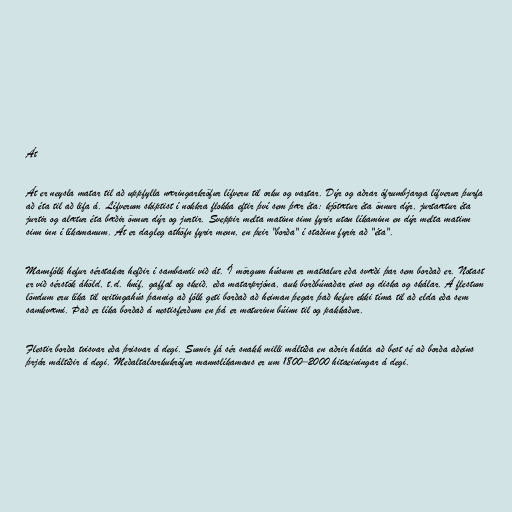
Át

Át er neysla matar til að uppfylla næringarkröfur lífveru til orku og vaxtar. Dýr og aðrar ófrumbjarga lífverur þurfa
að éta til að lifa á. Lífverum skiptist í nokkra flokka eftir því sem þær éta: kjötætur éta önnur dýr, jurtaætur éta
jurtir og alætur éta bæðir önnur dýr og jurtir. Sveppir melta matinn sinn fyrir utan líkaminn en dýr melta matinn
sinn inn í líkamanum. Át er dagleg athöfn fyrir menn, en þeir "borða" í staðinn fyrir að "éta".

Mannfólk hefur sérstakar hefðir í sambandi við át. Í mörgum húsum er matsalur eða svæði þar sem borðað er. Notast
er við sérstök áhöld, t.d. hníf, gaffal og skeið, eða matarprjóna, auk borðbúnaðar eins og diska og skálar. Á flestum
löndum eru líka til veitingahús þannig að fólk geti borðað að heiman þegar það hefur ekki tíma til að elda eða sem
samkvæmi. Það er líka borðað á nestisferðum en þá er maturinn búinn til og pakkaður.

Flestir borða tvisvar eða þrisvar á degi. Sumir fá sér snakk milli máltíða en aðrir halda að best sé að borða aðeins
þrjár máltíðir á degi. Meðaltalsorkukröfur mannslíkamans er um 1800–2000 hitaeiningar á degi.